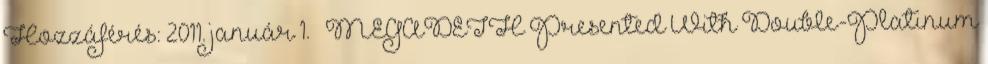
Hozzáférés: 2011. január 1. ↑ MEGADETH Presented With Double-Platinum